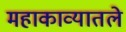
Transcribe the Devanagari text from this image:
महाकाव्यातले